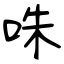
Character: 咮